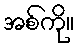
အစ်ကို။